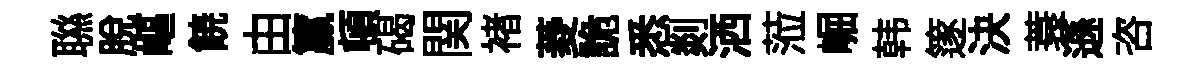
聮脱嶇𩜙由籯頓碣関褚菱詭悉剡洒蒞崛韩篴決蓑遜咨